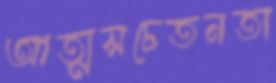
আত্মসচেতনতা